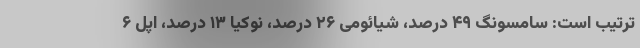
ترتیب است: سامسونگ ۴۹ درصد، شیائومی ۲۶ درصد، نوکیا ۱۳ درصد، اپل ۶